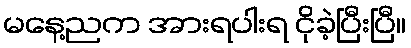
မနေ့ညက အားရပါးရ ငိုခဲ့ပြီးပြီ။